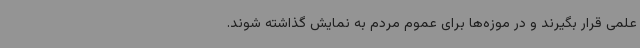
علمی قرار بگیرند و در موزه‌ها برای عموم مردم به نمایش گذاشته شوند.